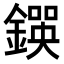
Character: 𨫰